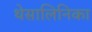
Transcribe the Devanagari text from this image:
थेसालिनिका